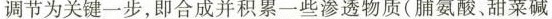
调节为关键一步，即合成并积累一些渗透物质(脯氨酸、甜菜碱